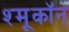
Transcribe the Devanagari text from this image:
श्मूकॉन